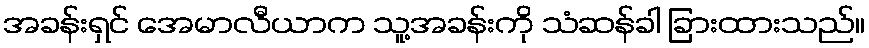
အခန်းရှင် အေမာလီယာက သူ့အခန်းကို သံဆန်ခါ ခြားထားသည်။